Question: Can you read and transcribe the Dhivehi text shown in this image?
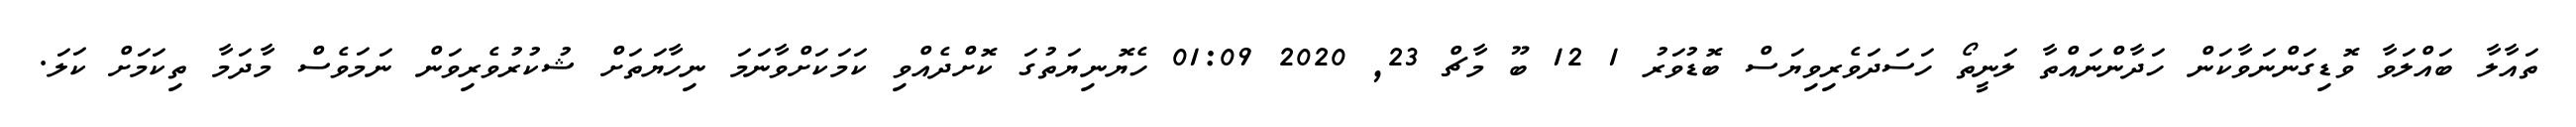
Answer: ތައާލާ ބައްލަވާ ވޮޑިގަންނަވާކަން ހަދާންނައްތާ ލަނީތޯ ހަސަދަވެރިވިޔަސް ބޮޑުވަރު 1 12 ބޫ މާޗް 23, 2020 01:09 ހެޔޮނިޔަތުގަ ކޮށްދެއްވި ކަމަކަށްވާނަމަ ނިހާޔަތަށް ޝުކުރުވެރިވަން ނަމަވެސް މާދަމާ ތިކަމަށް ކަލަ.